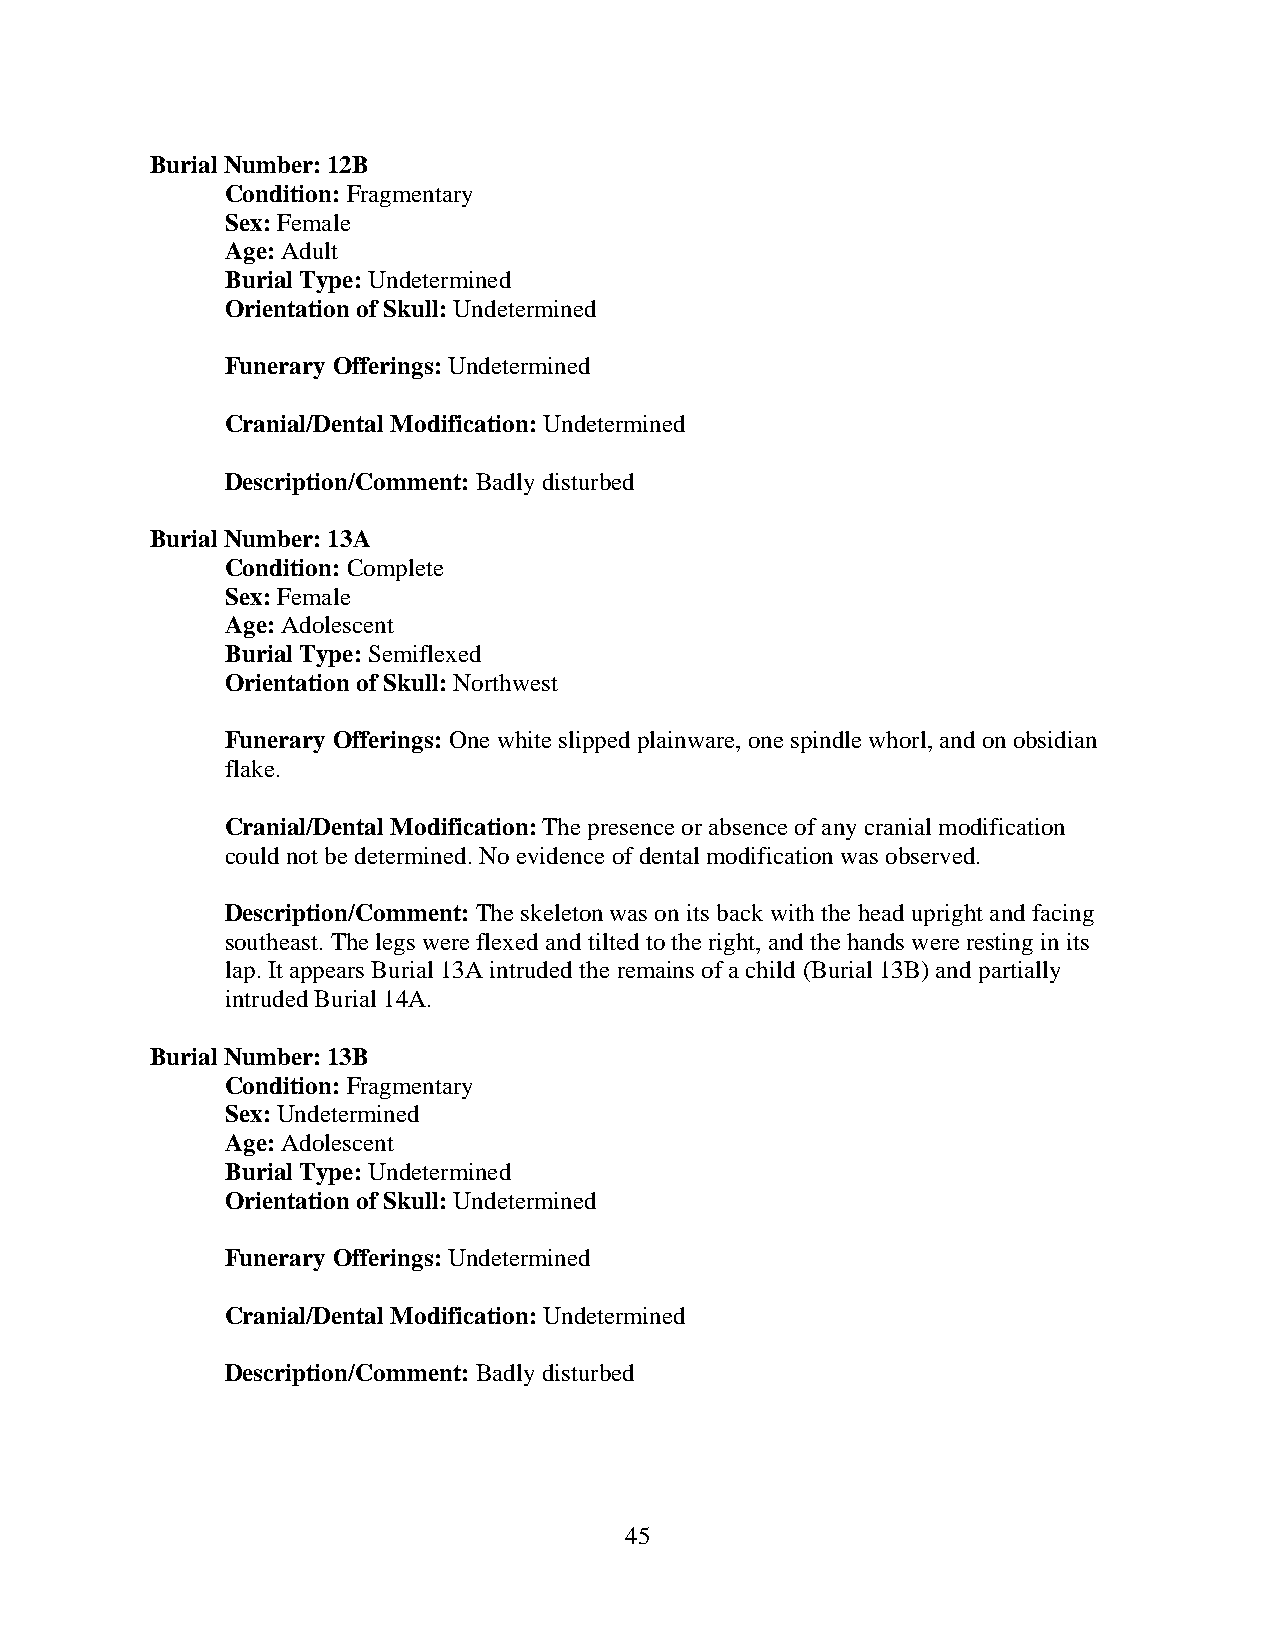
Burial Number: 12B
 Condition: Fragmentary
 Sex: Female
 Age: Adult
 Burial Type: Undetermined
 Orientation of Skull: Undetermined
 Funerary Offerings: Undetermined
 Cranial/Dental Modification: Undetermined
 Description/Comment: Badly disturbed
 Burial Number: 13A
 Condition: Complete
 Sex: Female
 Age: Adolescent
 Burial Type: Semiflexed
 Orientation of Skull: Northwest
 Funerary Offerings: One white slipped plainware, one spindle whorl, and on obsidian
 flake.
 Cranial/Dental Modification: The presence or absence of any cranial modification
 could not be determined. No evidence of dental modification was observed.
 Description/Comment: The skeleton was on its back with the head upright and facing
 southeast. The legs were flexed and tilted to the right, and the hands were resting in its
 lap. It appears Burial 13A intruded the remains of a child (Burial 13B) and partially
 intruded Burial 14A.
 Burial Number: 13B
 Condition: Fragmentary
 Sex: Undetermined
 Age: Adolescent
 Burial Type: Undetermined
 Orientation of Skull: Undetermined
 Funerary Offerings: Undetermined
 Cranial/Dental Modification: Undetermined
 Description/Comment: Badly disturbed
 45